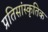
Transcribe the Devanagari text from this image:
प्रतिसांस्कृतिक